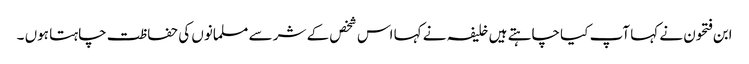
ابن فتحون نے کہا آپ کیا چاہتے ہیں خلیفہ نے کہا اس شخص کے شر سے مسلمانوں کی حفاظت چاہتا ہوں ۔